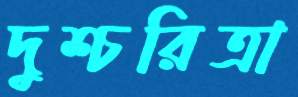
দুশ্চরিত্রা